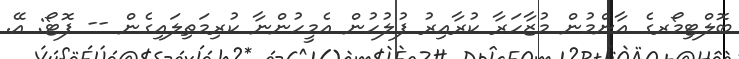
ބޮލްޓިމޯރގެ އާންމުން މުޒާހަރާ ކުރާއިރު ފުލުހުން އެމީހުންނާ ކުރިމަތިލައިގެން -- ފޮޓޯ: އޭ.